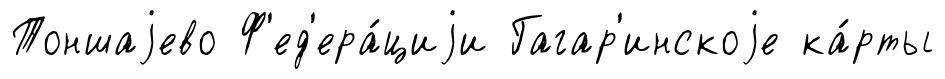
Тоншаjево Ф'ед'ера́циjи Гагар'инскоjе ка́рты